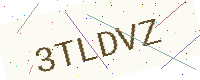
Text: 3TLDVZ